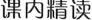
课内精读